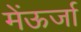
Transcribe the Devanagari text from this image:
मेंऊर्जा